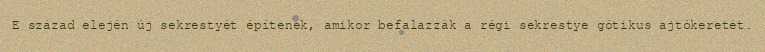
E század elején új sekrestyét építenek, amikor befalazzák a régi sekrestye gótikus ajtókeretét.